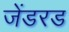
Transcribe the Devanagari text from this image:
जेंडरड